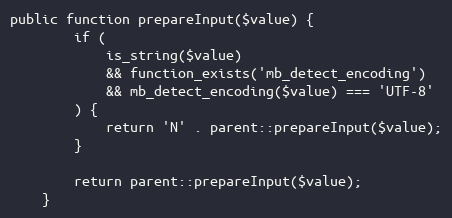
Language: PHP
public function prepareInput($value) {
		if (
			is_string($value)
			&& function_exists('mb_detect_encoding')
			&& mb_detect_encoding($value) === 'UTF-8'
		) {
			return 'N' . parent::prepareInput($value);
		}

		return parent::prepareInput($value);
	}